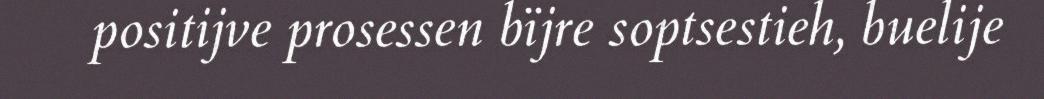
positijve prosessen bïjre soptsestieh, buelije